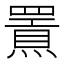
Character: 𤐍